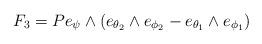
LaTeX: \begin{align*}F_3 = P e_{\psi}\wedge(e_{\theta_2}\wedge e_{\phi_2} - e_{\theta_1}\wedge e_{\phi_1})\end{align*}